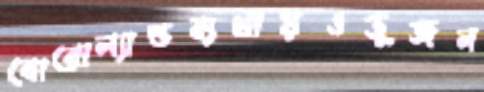
বোরোল্যান্ডব্যথায়ওডুজন